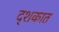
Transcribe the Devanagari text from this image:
द्शकात